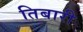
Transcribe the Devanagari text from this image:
तिबारी